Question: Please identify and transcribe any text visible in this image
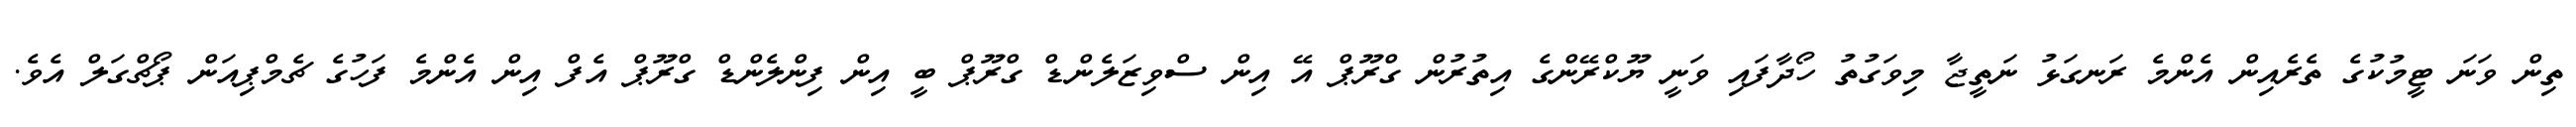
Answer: ތިން ވަނަ ޓީމުކުގެ ތެރެއިން އެންމެ ރަނގަޅު ނަތީޖާ މިވަގުތު ހޯދާފައި ވަނީ ޔޫކްރޭންގެ އިތުރުން ގްރޫޕް އޭ އިން ސްވިޒަލެންޑް ގްރޫޕް ބީ އިން ފިންލެންޑް ގްރޫޕް އެފް އިން އެންމެ ފަހުގެ ޗެމްޕިއަން ޕޯޗްގަލް އެވެ.